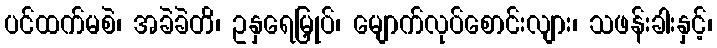
ပင်ထက်မစဲ၊ အခဲခဲတိ၊ ဥနှရေမြှုပ်၊ မျောက်လုပ်စောင်းလျား၊ သဖန်းခါးနှင့်၊